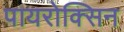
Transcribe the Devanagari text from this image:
पायरोक्सिन